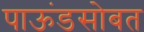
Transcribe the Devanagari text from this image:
पाऊंडसोबत